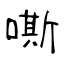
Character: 嘶